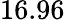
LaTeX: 16.96